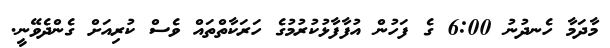
މާދަމާ ހެނދުނު 6:00 ގެ ފަހުން އުފާފާޅުކުރުމުގެ ހަރަކާތްތައް ވެސް ކުރިއަަށް ގެންދެވޭނީ.